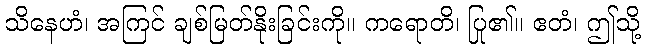
သိနေဟံ၊ အကြင် ချစ်မြတ်နိုးခြင်းကို။ ကရောတိ၊ ပြု၏။ ဧတံ၊ ဤသို့